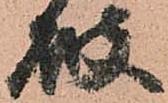
破